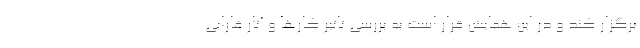
برگزار کند و در این همایش قرار است به بررسی تاثیر کارها و آثار فارابی